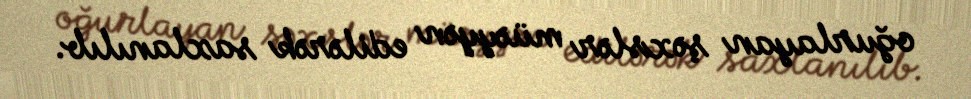
oğurlayan şəxslər müəyyən edilərək saxlanılıb.